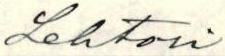
Lehtori